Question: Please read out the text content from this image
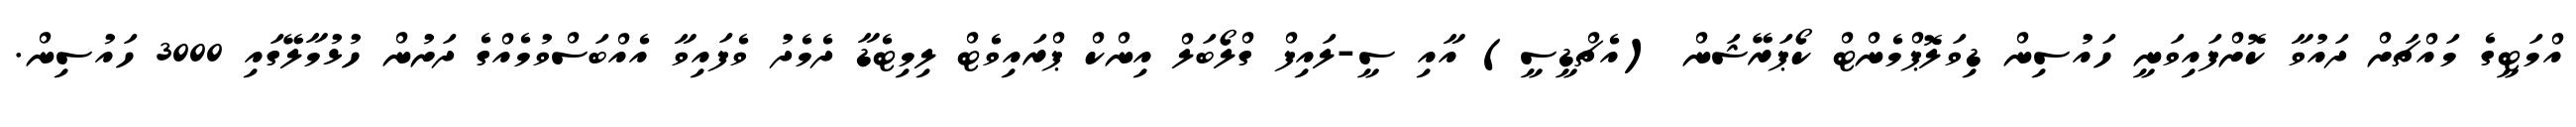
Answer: އްމަޓީގެ މައްޗަށް ދައުވާ ކޮށްފައިވަނީ ހައުސިން ޑިވަލޮޕްމެންޓް ކޯޕަރޭޝަން (އެޗްޑީސީ) އާއި ސީ-ލައިފް ގްލޯބަލް އިންކް ޕްރައިވެޓް ލިމިޓެޑާ ދެމެދު ވެފައިވާ އެއްބަސްވުމެއްގެ ދަށުން ހުޅުމާލޭގައި 3000 ހައުސިން.